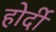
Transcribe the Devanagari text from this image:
होर्दी